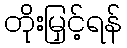
တိုးမြှင့်ရန်